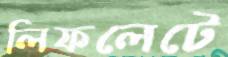
লিফলেটে